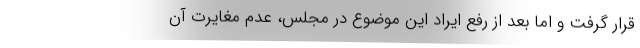
قرار گرفت و اما بعد از رفع ایراد این موضوع در مجلس، عدم مغایرت آن